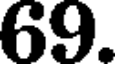
69.